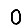
Digit: 0